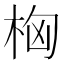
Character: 𣑤